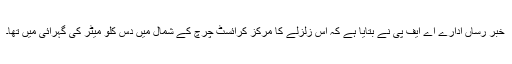
خبر رساں ادارے اے ایف پی نے بتایا ہے کہ اس زلزلے کا مرکز کرائسٹ چرچ کے شمال میں دس کلو میٹر کی گہرائی میں تھا۔